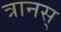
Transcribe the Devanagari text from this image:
त्रानस्